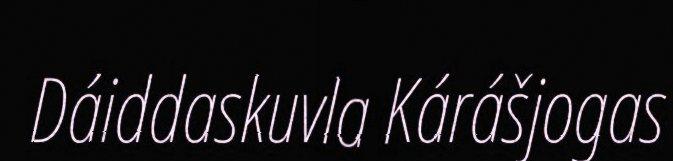
Dáiddaskuvla Kárášjogas